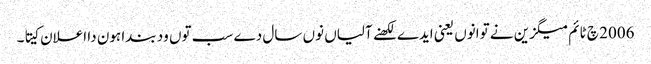
2006 چ ٹائم میگزین نے توانوں یعنی ایدے لکھنے آلیاں نوں سال دے سب توں ود بندا ہون دا اعلان کیتا۔